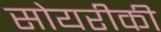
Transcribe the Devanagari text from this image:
सोयरीकी